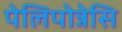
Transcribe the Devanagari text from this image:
पेलिपोन्नेसि